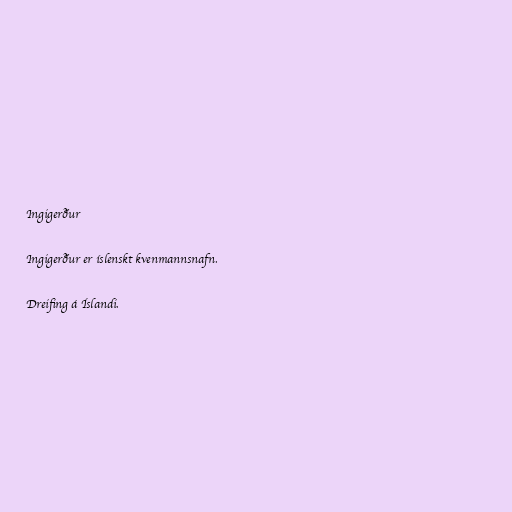
Ingigerður

Ingigerður er íslenskt kvenmannsnafn.

Dreifing á Íslandi.